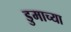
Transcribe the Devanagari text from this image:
डुमाच्या